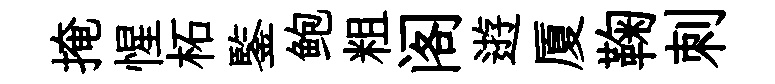
掩惺柘鍳鲍粗阁逰厦鞠刺